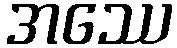
အဿေ